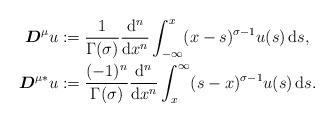
LaTeX: \begin{align*}\boldsymbol{D}^{\mu} u &:= \dfrac{1}{\Gamma (\sigma)}\dfrac{{\rm d}^n}{{\rm d}x^n}\int_{-\infty}^{x}(x-s)^{\sigma-1}u(s) \, {\rm d}s, \\\boldsymbol{D}^{\mu*}u &:= \dfrac{(-1)^n}{\Gamma(\sigma)}\dfrac{{\rm d}^n}{{\rm d} x^n}\int_{x}^{\infty}(s-x)^{\sigma-1}u(s) \, {\rm d} s.\end{align*}